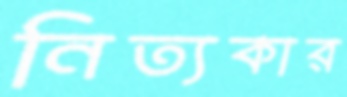
নিত্যকার